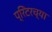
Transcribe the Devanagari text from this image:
प्रिंटरच्या